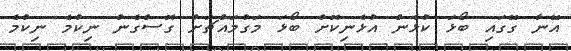
އޭނާ ގޭގައި ބޯޅަ ކުޅެން އުޅެނިކޮށް ބޯޅަ މަގުމައްޗަށް ގޮސްގެން ނިކުމެ ނިކުމެ